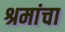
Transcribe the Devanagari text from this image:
श्रमांचा